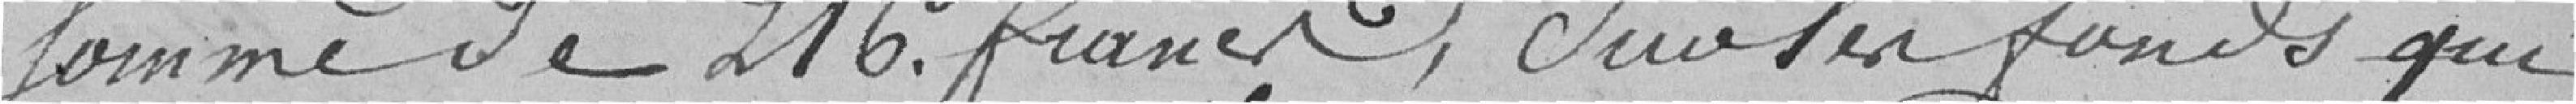
somme de 216 francs, sur les fonds qui